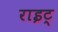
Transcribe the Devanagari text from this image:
राइट्‍